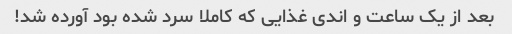
بعد از یک ساعت و اندی غذایی که کاملا سرد شده بود آورده شد!